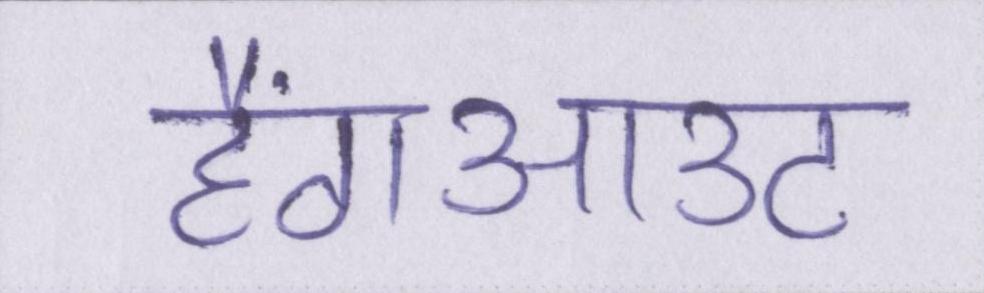
हैंगआउट